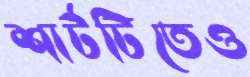
শার্টটিতেও